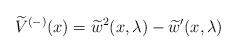
LaTeX: \begin{align*} \widetilde{V}^{(-)}(x) = \widetilde{w}^2(x,\lambda) -\widetilde{w}^\prime(x,\lambda) \end{align*}